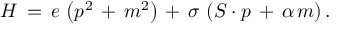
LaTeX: H \, = \, e \, \left( p ^ { 2 } \, + \, m ^ { 2 } \right) \, + \, \sigma \, \left( S \cdot p \, + \, \alpha \, m \right) .